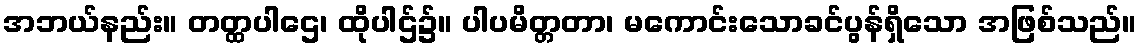
အဘယ်နည်း။ တတ္ထပါဌေ၊ ထိုပါဌ်၌။ ပါပမိတ္တတာ၊ မကောင်းသောခင်ပွန်ရှိသော အဖြစ်သည်။